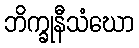
ဘိက္ခုနီသံဃော